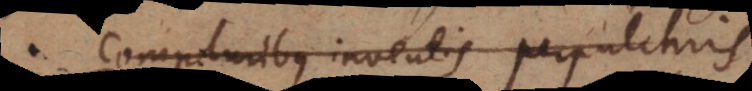
compluribus inventis perpulchris.